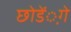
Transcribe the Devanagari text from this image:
छोडें़गे